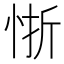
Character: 𭜻